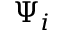
\Psi _ { i }